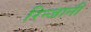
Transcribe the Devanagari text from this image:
रिन्जानी